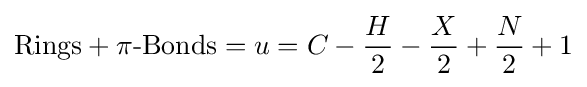
{\text{Rings}}+\pi {\text{-Bonds}}=u=C-{\frac {H}{2}}-{\frac {X}{2}}+{\frac {N}{2}}+1